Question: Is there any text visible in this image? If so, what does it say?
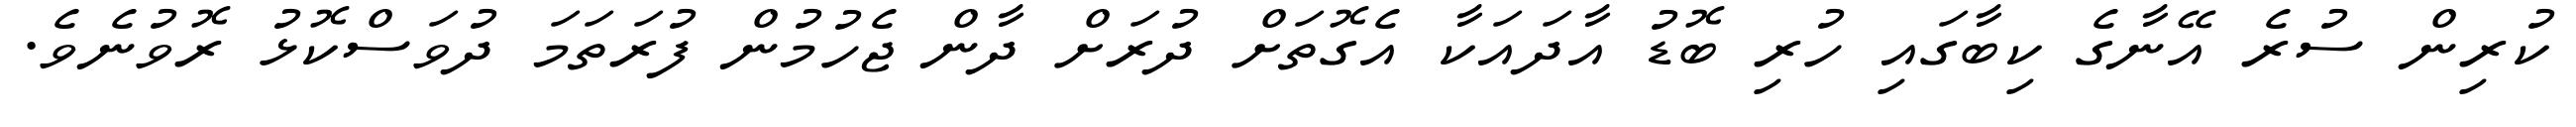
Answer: ކުރިން ސުރެ އޭނާގެ ކިބާގައި ހުރި ބޮޑު އާދައަކާ އެގޮތަށް ދުރަށް ދާން ޖެހުމުން ފުރަތަމަ ދުވަސްކޮޅު ރޮވުނެވެ.